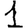
Digit: 1